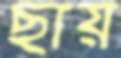
ছায়